Newspaper: Nashville union and American. [volume]
Place of publication: Nashville, Tenn.
Publisher: John L. Marling & Co.
Date: 1860-10-07 00:00:00
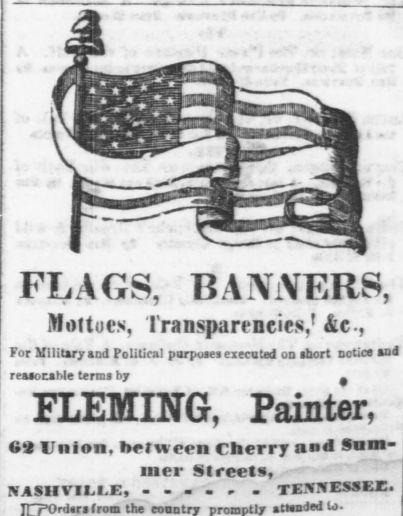
Advertisement text (OCR):
FLAGS, BANNERS, Mottoes, Transparencies,' &c, For Military and Political purposes executed on short notice and reasonable terms by FLEMING, Painter, 62 Union, between Cherry and Sum mer Streets, NASHVILLE, - - - - . TEIvniS" from the attsnded to.
Label: illustrations